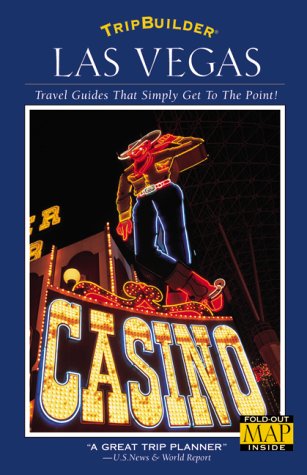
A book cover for Tripbuilder Las Vegas; Nancy Judson; Travel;